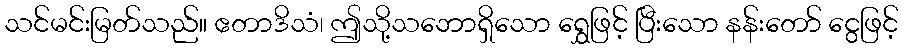
သင်မင်းမြတ်သည်။ ဧတာဒိသံ၊ ဤသို့သဘောရှိသော ရွှေဖြင့် ပြီးသော နန်းတော် ငွေဖြင့်